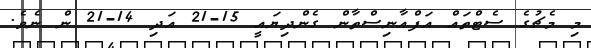
މި މެޗުގެ ސެޓްތައް އަފްއާނިސްތާން ގެންދިޔައީ 15-21 އަދި 14-21 ން ނެވެ.